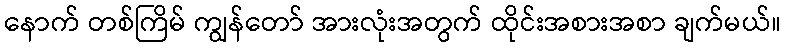
နောက် တစ်ကြိမ် ကျွန်တော် အားလုံးအတွက် ထိုင်းအစားအစာ ချက်မယ်။